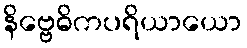
နိဗ္ဗေဓိကပရိယာယော